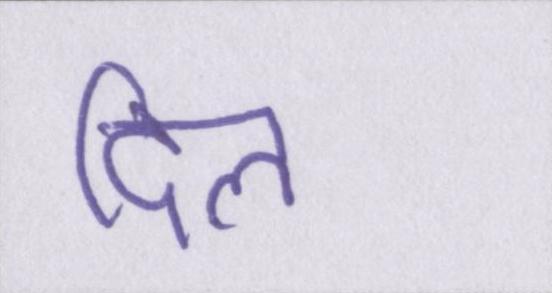
दिल